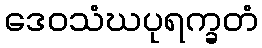
ဒေဝသံဃပုရက္ခတံ